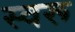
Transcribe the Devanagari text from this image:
स्वरू